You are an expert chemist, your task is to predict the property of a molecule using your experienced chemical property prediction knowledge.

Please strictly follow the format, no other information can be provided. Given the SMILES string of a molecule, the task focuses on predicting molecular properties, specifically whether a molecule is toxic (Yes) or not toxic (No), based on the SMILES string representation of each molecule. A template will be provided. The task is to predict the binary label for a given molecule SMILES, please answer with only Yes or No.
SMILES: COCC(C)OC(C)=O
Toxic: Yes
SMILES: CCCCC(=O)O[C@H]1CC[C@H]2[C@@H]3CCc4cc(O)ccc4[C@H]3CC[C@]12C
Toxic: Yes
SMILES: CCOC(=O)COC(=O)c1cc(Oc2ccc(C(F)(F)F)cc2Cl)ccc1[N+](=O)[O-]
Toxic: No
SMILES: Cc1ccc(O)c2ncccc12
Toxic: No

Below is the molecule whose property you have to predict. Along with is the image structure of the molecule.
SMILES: C=C(C)[C@@H]1CC=C(C)CC1
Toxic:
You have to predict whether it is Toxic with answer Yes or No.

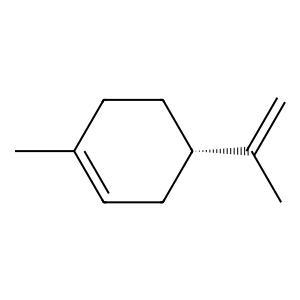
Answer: No